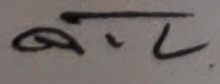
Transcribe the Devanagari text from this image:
अल